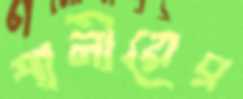
পানীয়ের